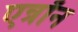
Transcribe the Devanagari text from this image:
एन्रॉन